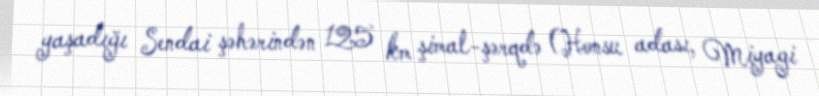
yaşadığı Sendai şəhərindən 125 km şimal-şərqdə (Honsu adası, Miyagi